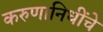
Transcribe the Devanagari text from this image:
करुणानिधींचे